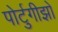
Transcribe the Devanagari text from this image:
पोर्टुगीझो